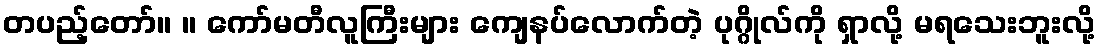
တပည့်တော်။ ။ ကော်မတီလူကြီးများ ကျေနပ်လောက်တဲ့ ပုဂ္ဂိုလ်ကို ရှာလို့ မရသေးဘူးလို့